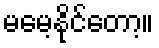
မမေ့နိုင်တော့။